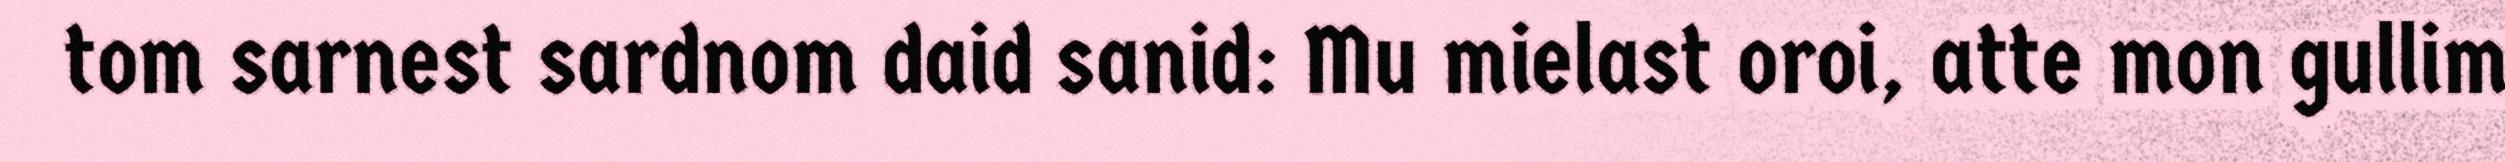
tom sarnest sardnom daid sanid: Mu mielast oroi, atte mon gullim